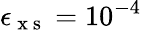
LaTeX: \epsilon_{\mathrm{~x~s~}}=10^{-4}